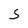
Character: 5